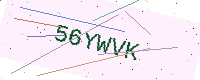
Text: 56YWVK